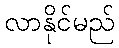
လာနိုင်မည်